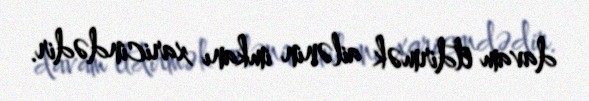
davam etdirmək ailənin imkanı xaricindədir.